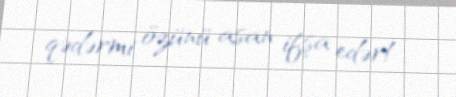
qədərmi özünü asan ifşa edər!.